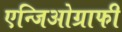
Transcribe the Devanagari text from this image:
एन्जिओग्राफी